Lunatic asylums Punjab 1895-1910 - 1895-1910
Year: 1895
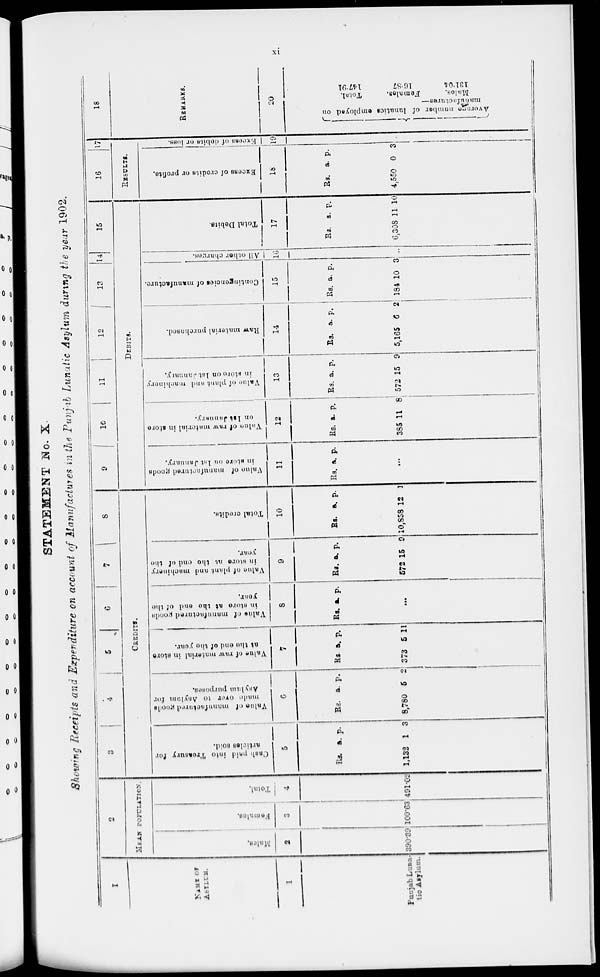
xi
STATEMENT No. X
Showing Receipts and Expenditure on account of Manufactures in the Punjab Lunatic Asylum during the year 1902.
1
NAME OF
ASYLUM.
1
Punjab Luna-
tic Asylum.
2
MEAN POPULATION.
Males.
2
390.39
Fe ma l
e s .
3
100.63
Total.
4
491.02
3
4
5
6
7
8
CREDITS.
Cash paid into Treasury for
articles sold.
5
Rs.
1,132
a.
1
p.
3
Value of manufactured goods
made
over
to Asylum for
Asylum purposes.
6
Rs.
8,780
a.
5
p.
2
Value of raw matarial in store
at the end of the year.
7
Rs.
373
a.
5
p.
11
Value of manufactured goods
in store at the end of the
year.
8
Rs. a. p.
...
Value
of plant and machinery
in store at the end of the
year.
9
Rs.
572
a.
15
p.
9
Total credits.
10
Rs.
10,858
a.
12
p.
1
9
10
11
12
13
14
15
DEBITS.
Val ue of manufactured goods
in st or e on 1st J anuar y.
11
Rs. a. p.
...
Value of raw material
in store
on 1st January.
12
Rs.
385
a.
11
p.
8
Value of plant and machinery
in store on 1st January.
13
Rs.
572
a.
15
p.
9
Raw material purchased.
14
Rs.
5,165
a.
6
p.
2
Contingencies of manufacture.
15
Rs.
184
a.
10
p.
3
All other charges.
16
...
Total Debits.
17
Rs.
6,308
a.
11
p.
10
16
17
RESULTS.
Excess of credits or profits.
18
Rs.
4,550
a.
0
p.
3
Excess of debits
or loss.
19
18
REMARKS.
20
Average
number of lunatics employed on
manufactures—
Total.
Females.
Males.
147.91
16.87
131.04